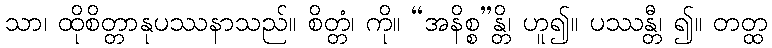
သာ၊ ထိုစိတ္တာနုပဿနာသည်။ စိတ္တံ၊ ကို။ “အနိစ္စ”န္တိ၊ ဟူ၍။ ပဿန္တီ၊ ၍။ တတ္ထ